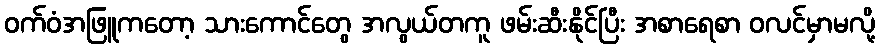
ဝက်ဝံအဖြူကတော့ သားကောင်တွေ အလွယ်တကူ ဖမ်းဆီးနိုင်ပြီး အစာရေစာ ဝလင်မှာမလို့